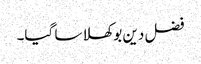
فضل دین بوکھلا سا گیا۔